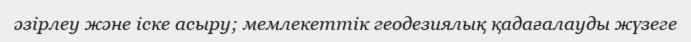
әзірлеу және іске асыру; мемлекеттік геодезиялық қадағалауды жүзеге